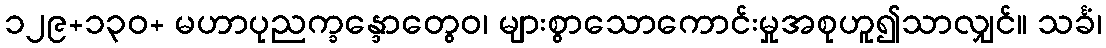
၁၂၉+၁၃၀+ မဟာပုညက္ခန္ဒောတွေဝ၊ များစွာသောကောင်းမှုအစုဟူ၍သာလျှင်။ သင်္ခံ၊